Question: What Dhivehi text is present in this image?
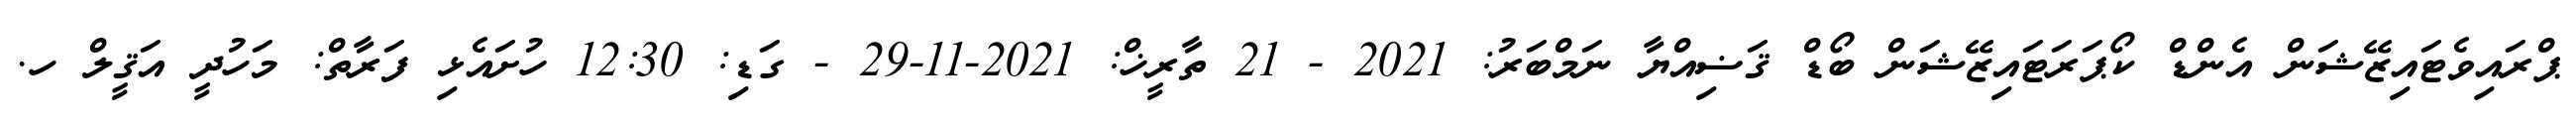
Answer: ޕްރައިވެޓައިޒޭޝަން އެންޑް ކޯޕަރަޓައިޒޭޝަން ބޯޑް ޤަޟިއްޔާ ނަމްބަރު: 2021 - 21 ތާރީޚް: 2021-11-29 - ގަޑި: 12:30 ހުށައެޅި ފަރާތް: މަހުދީ އަޤީލް ހ.